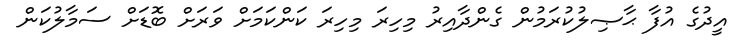
އީދުގެ އުފާ ޙާޞިލުކުރަމުން ގެންދާއިރު މިހިރަ މިހިރަ ކަންކަމަށް ވަރަށް ބޮޑަށް ސަމާލުކަން